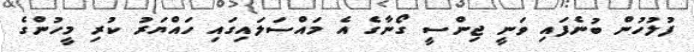
ފުލުހުން ބުނެފައި ވަނީ ޖިންސީ ގޯނާގެ އެ މައްސަލައިގައި ހައްޔަރު ކުރި މީހުންގެ